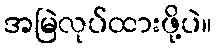
အမြဲလုပ်ထားဖို့ပဲ။